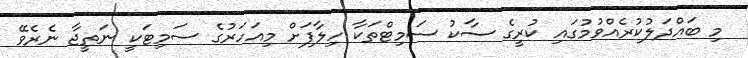
މި ބައްދަލުކުރެއްވުމުގައި ކުރީގެ ސާކު ސަމިޓްތަކާ ހިލާފަށް މިއަހަރުގެ ސަމިޓަކީ ނަތީޖާ ނެރެވޭ